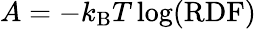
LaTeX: A=-k_{\mathrm{B}}T\log(\mathrm{RDF})